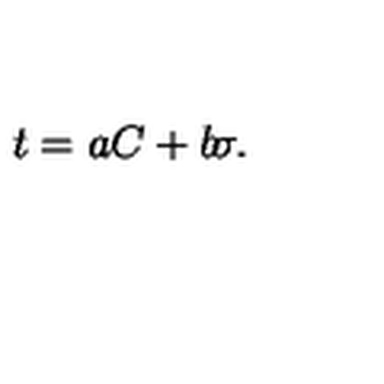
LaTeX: t = a C + b \! \sigma .